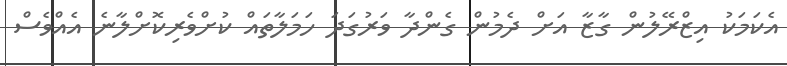
އެކަމަކު އިޒްރޭލުން ގާޒާ އަށް ދެމުން ގެންދާ ވަރުގަދަ ހަމަލާތައް ކުށްވެރިކޮށްލާނެ އެއްވެސް